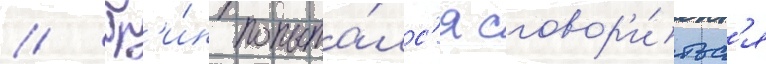
// Гр'и́н попыта́лс'я сговор'и́тьс'я